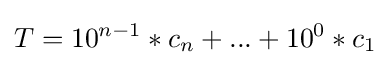
T=10^{n-1}*c_{n}+...+10^{0}*c_{1}